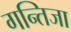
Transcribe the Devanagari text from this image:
गन्तिजा